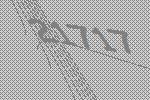
21717